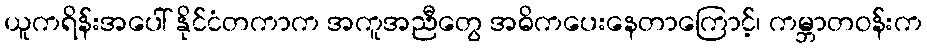
ယူကရိန်းအပေါ် နိုင်ငံတကာက အကူအညီတွေ အဓိကပေးနေတာကြောင့်၊ ကမ္ဘာတဝန်းက